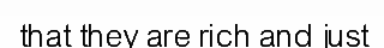
that they are rich and just